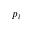
p _ { i }